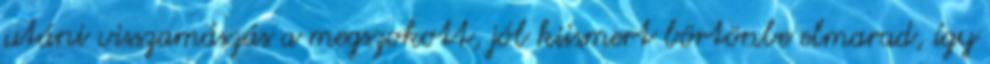
utáni visszamászás a megszokott, jól kiismert börtönbe elmarad, így